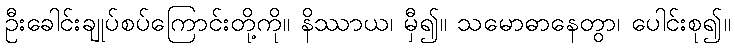
ဦးခေါင်းချုပ်စပ်ကြောင်းတို့ကို။ နိဿာယ၊ မှီ၍။ သမောဓာနေတွာ၊ ပေါင်းစု၍။